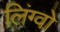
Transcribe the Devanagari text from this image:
लिंग्वो